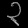
Digit: ၃